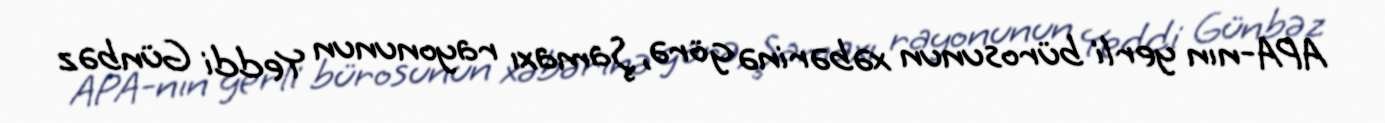
APA-nın yerli bürosunun xəbərinə görə, Şamaxı rayonunun Yeddi Günbəz